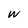
Character: W